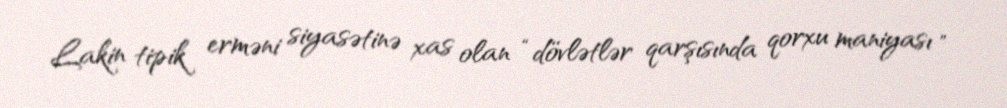
Lakin tipik erməni siyasətinə xas olan “dövlətlər qarşısında qorxu maniyası ”